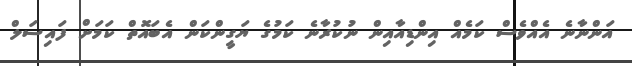
އަންނާނެ އެއްވެސް ކަމެއް އިންޑިއާއިން ނުކުރާނެ ކަމުގެ ޔަގީންކަން އެބައޮތް ކަމަށް ފައިސަލް